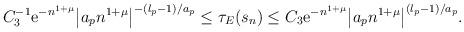
LaTeX: \begin{align*} C_{3}^{-1}\mathrm{e}^{-n^{1+\mu}}\bigl |a_pn^{1+\mu}\bigr |^{-{(l_p-1)}/{a_p}}\leq\tau _{E}(s_n) \leq C_{3}\mathrm{e}^{-n^{1+\mu}}\bigl |a_pn^{1+\mu}\bigr |^{{(l_p-1)}/{a_p}}.\end{align*}